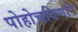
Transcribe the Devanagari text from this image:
पोहोचविणारे